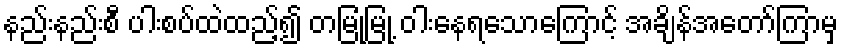
နည်းနည်းစီ ပါးစပ်ထဲထည့်၍ တမြုံ့မြုံ့ ဝါးနေရသောကြောင့် အချိန်အတော်ကြာမှ